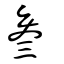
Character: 叁